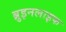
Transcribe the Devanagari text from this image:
ब्रुइनलाइफ